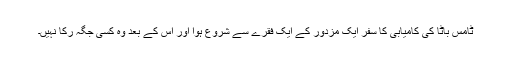
ٹامس باٹا کی کامیابی کا سفر ایک مزدور کے ایک فقرے سے شروع ہوا اور اس کے بعد وہ کسی جگہ رکا نہیں۔